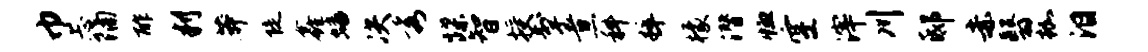
巾忐隔酢判莽陡鑫蟠决秀蹀智授掣煮科粹檬潜恤空滓川邸赤翳枷泪